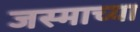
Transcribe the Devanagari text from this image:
जस्माच्या